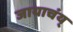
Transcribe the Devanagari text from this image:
जायाचंय्‌